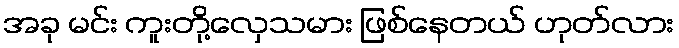
အခု မင်း ကူးတို့လှေသမား ဖြစ်နေတယ် ဟုတ်လား